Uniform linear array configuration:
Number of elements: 64
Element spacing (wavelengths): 1
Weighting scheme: uniform
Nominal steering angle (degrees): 45
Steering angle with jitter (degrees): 45.237
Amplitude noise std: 0.05
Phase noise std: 0.05

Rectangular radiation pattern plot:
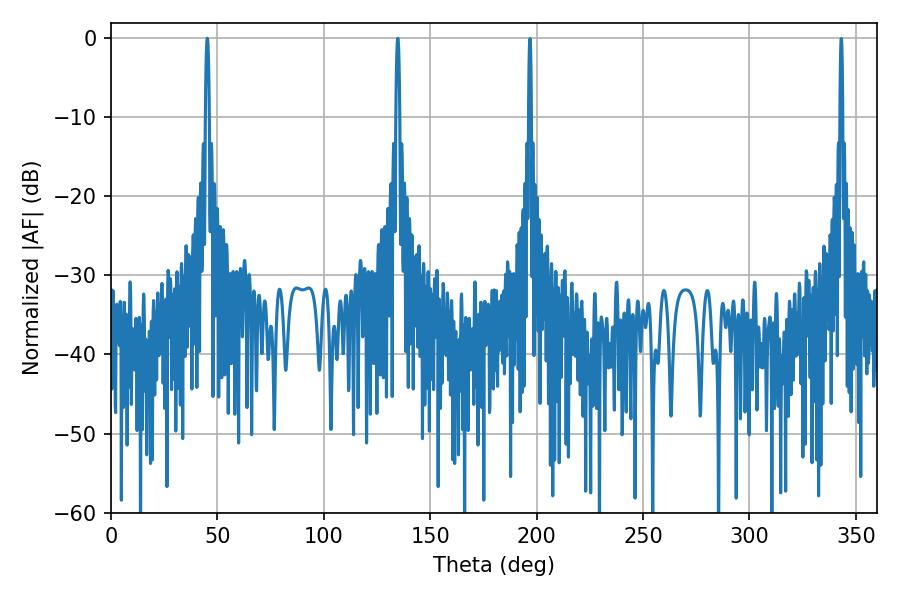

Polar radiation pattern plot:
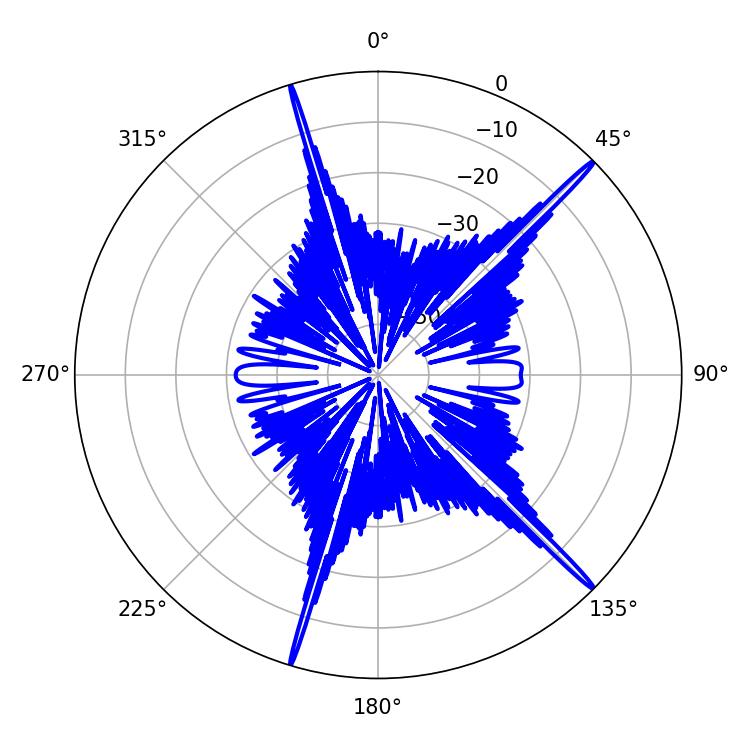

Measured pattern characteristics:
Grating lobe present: TRUE
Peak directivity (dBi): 19.565
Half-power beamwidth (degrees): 0.9
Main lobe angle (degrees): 45.18